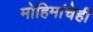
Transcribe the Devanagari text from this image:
मोहिमांचेही